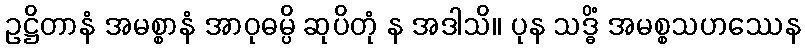
ဥဋ္ဌိတာနံ အမစ္စာနံ အာဝုဓမ္ပိ ဆုပိတုံ န အဒါသိ။ ပုန သဒ္ဓိံ အမစ္စသဟဿေန